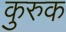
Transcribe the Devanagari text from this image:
कुरुक